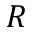
R